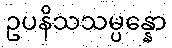
ဥပနိသသမ္ပန္နော